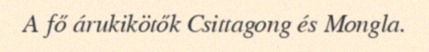
A fő árukikötők Csittagong és Mongla.